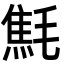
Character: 㲬